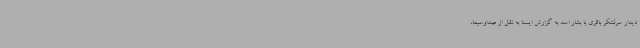
دیدار سرلشکر باقری با بشار اسد به گزارش ایسنا به نقل از صداوسیما،